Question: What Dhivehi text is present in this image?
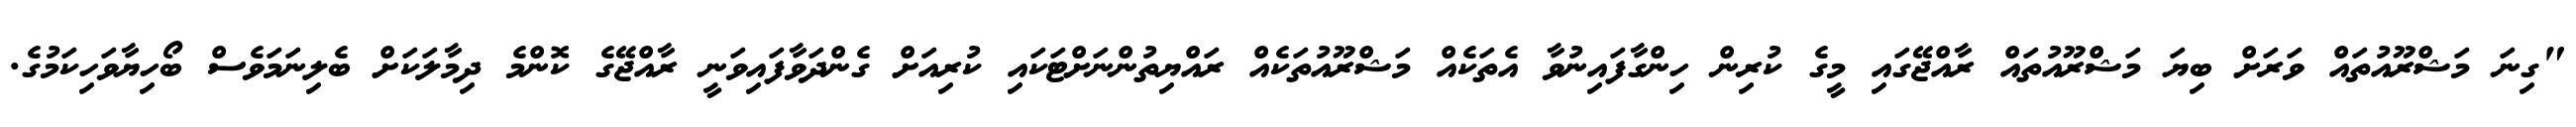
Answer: "ގިނަ މަޝްރޫއުތައް ވަރަށް ބިޔަ މަޝްރޫއުތައް ރާއްޖޭގައި މީގެ ކުރިން ހިންގާފައިނުވާ އެތަކެއް މަޝްރޫއުތަކެއް ރައްޔިތުންނަށްޓަކައި ކުރިއަށް ގެންދަވާފައިވަނީ ރާއްޖޭގެ ކޮންމެ ދިމާލަކަށް ބެލިނަމަވެސް ބޯހިޔާވަހިކަމުގެ.